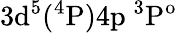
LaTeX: \mathrm{3d^{5}(^{4}P)4p\ ^{3}P^{o}}